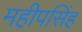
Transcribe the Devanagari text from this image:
महीपसिंह